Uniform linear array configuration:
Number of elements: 24
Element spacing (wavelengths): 0.5
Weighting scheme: hamming
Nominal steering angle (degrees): -60
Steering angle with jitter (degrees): -59.797
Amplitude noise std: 0.05
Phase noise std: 0.05

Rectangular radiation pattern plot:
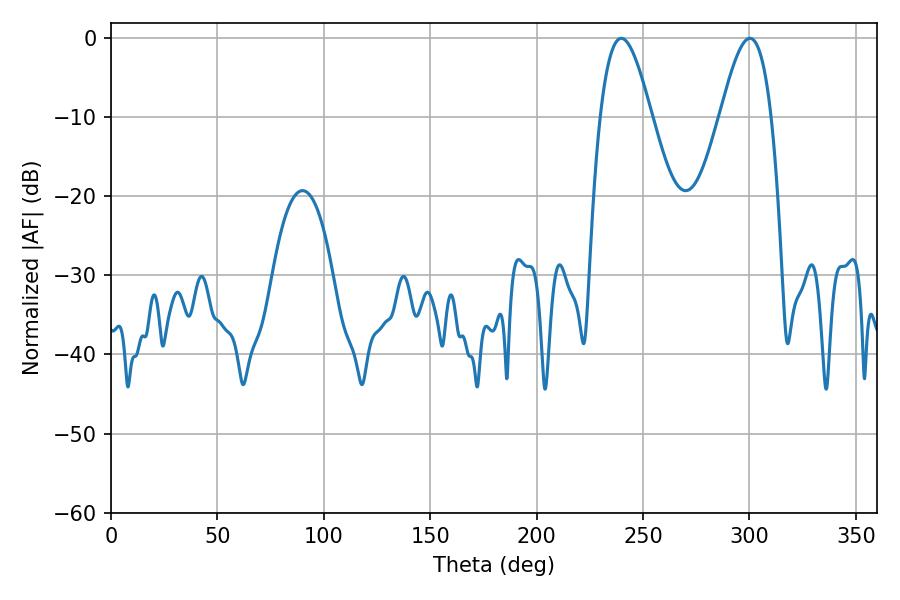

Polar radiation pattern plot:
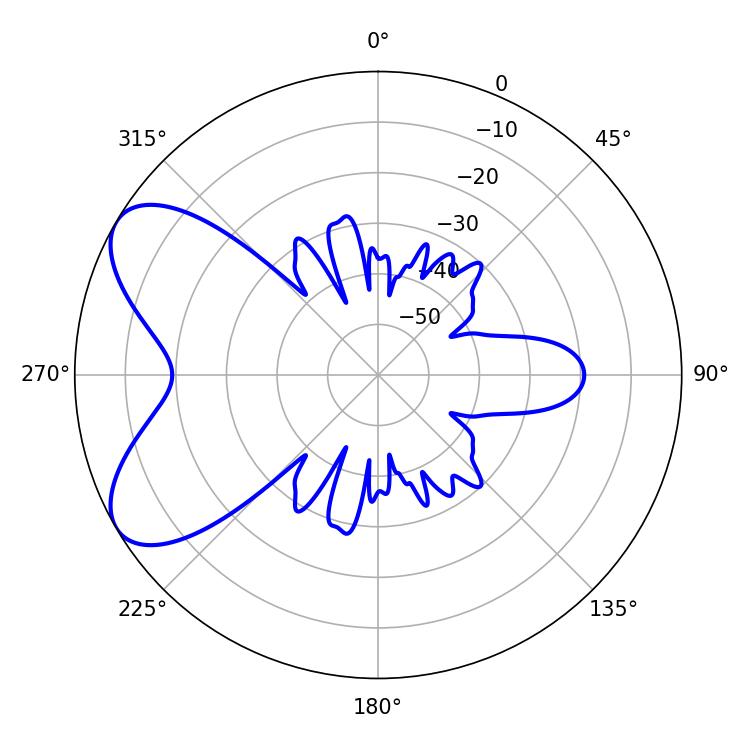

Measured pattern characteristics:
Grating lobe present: FALSE
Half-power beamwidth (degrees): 12.96
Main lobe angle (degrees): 239.76